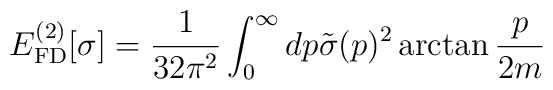
E_{\rm FD}^{(2)}[\sigma] = \frac{1}{32 \pi^2} \int_0^\infty dp\tilde{\sigma}(p)^2 \arctan\frac{p}{2m}